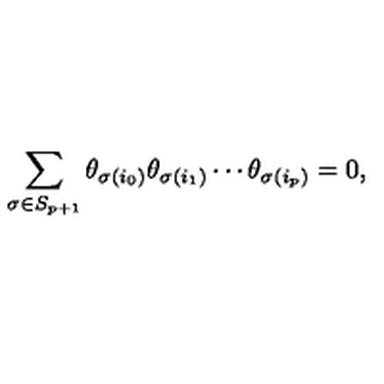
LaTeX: \sum _ { \sigma \in S _ { p + 1 } } \theta _ { \sigma ( i _ { 0 } ) } \theta _ { \sigma ( i _ { 1 } ) } \cdots \theta _ { \sigma ( i _ { p } ) } = 0 ,